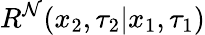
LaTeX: R^{\mathcal{N}}(x_{2},\tau_{2}|x_{1},\tau_{1})